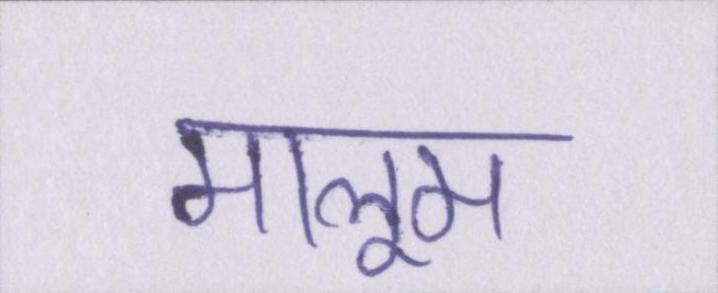
मालूम